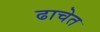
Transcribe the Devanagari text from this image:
ढाचेत